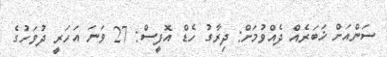
ސަންއަށް ޚަބަރެއް ދެއްވުމަށް: ދިރާގު ހެޑް އޮފީސް: 27 ވަނަ އަހަރީ ދުވަހުގެ